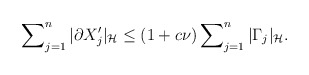
\begin{align*}\sum\nolimits^n_{j=1} |\partial X_j'|_{\cal H} \le (1 + c\nu)\sum\nolimits^n_{j=1} |\Gamma_j|_{\cal H}.\end{align*}